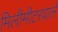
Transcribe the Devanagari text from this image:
मिलीमीटरवाले